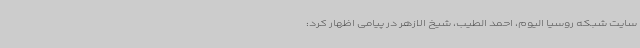
سایت شبکه روسیا الیوم، احمد الطیب، شیخ الازهر در پیامی اظهار کرد: